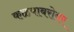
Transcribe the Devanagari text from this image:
कळपाबरोबर